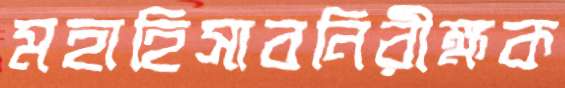
মহাহিসাবনিরীক্ষক